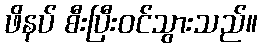
ဖိနပ် စီးပြီးဝင်သွားသည်။